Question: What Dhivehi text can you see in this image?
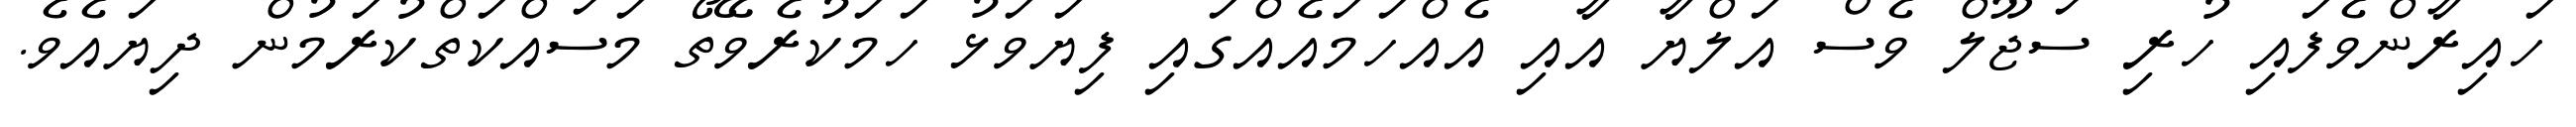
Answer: ހައިރާންވެފައި ހުރި ސަޖޫލް ވެސް އަލްޔާ އާއި އެއްހަމައެއްގައި ފިޔަވަޅު ހަމަކުރެވޭތޯ މަސައްކަތްކުރަމުން ދިޔައެވެ.